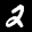
Label: 2